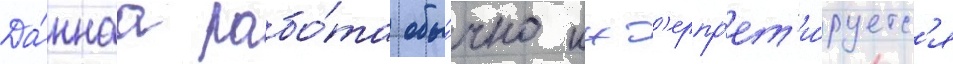
Да́ннаа рабо́та обы́чно инт'ерпр'ет'и́руетс'я